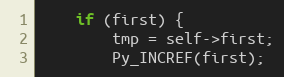
Language: C
    if (first) {
        tmp = self->first;
        Py_INCREF(first);